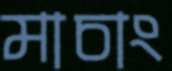
মাচাং